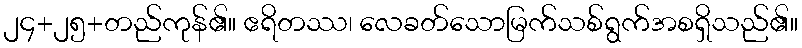
၂၄+၂၅+တည်ကုန်၏။ ဧရိတဿ၊ လေခတ်သောမြက်သစ်ရွက်အစရှိသည်၏။